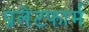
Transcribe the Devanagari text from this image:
प्रलेटफार्म